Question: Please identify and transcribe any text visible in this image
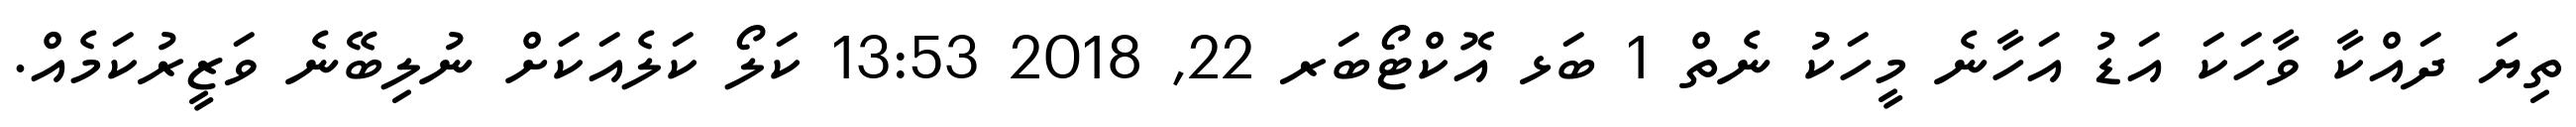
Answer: ތިޔަ ދައްކާ ވާހަކަ އަޑު އަހާނެ މީހަކު ނެތް 1 ބަޅ އޮކްޓޯބަރ 22, 2018 13:53 ކަލޯ ކަލެއަކަށް ނުލިބޭނެ ވަޒީރުކަމެއް.